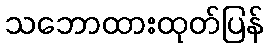
သဘောထားထုတ်ပြန်